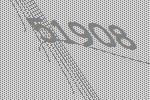
51908